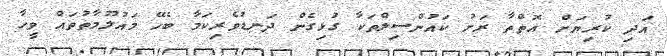
އަދި ކުރިޔަށް އޮތްތާ ރަށު ކައުންސިލްތަކާ ގުޅިގެން ދަނޑުވެރިކަމާ ބެހޭ މައުލޫމާތުތައް ވީހާ